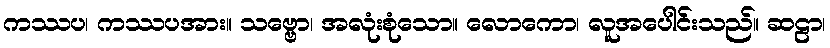
ကဿပ၊ ကဿပအား။ သဗ္ဗော၊ အလုံးစုံသော။ လောကော၊ လူအပေါင်းသည်။ ဆဠာ၊